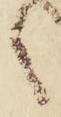
之